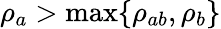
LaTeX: \rho_{a}>\operatorname*{max}\{ \rho_{ab},\rho_{b}\}